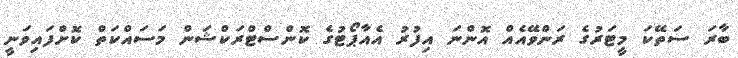
ބާރަ ސަތޭކަ މީޓަރުގެ ރަންވޭއެއް އޮންނަ އިފުރު އެއާޕޯޓުގެ ކޮންސްޓްރަކްޝަން މަސައްކަތް ކޮށްފައިވަނީ